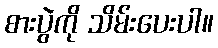
စားပွဲကို သိမ်းပေးပါ။